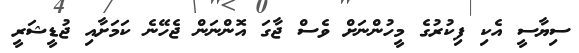
ސިޔާސީ އެކި ފިކުރުގެ މީހުންނަށް ވެސް ޖާގަ އޮންނަން ޖެހޭނެ ކަމަށާއި ޖުޑީޝަރީ